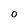
Character: 0